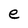
Character: e